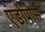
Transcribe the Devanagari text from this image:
एंडोपोर्स